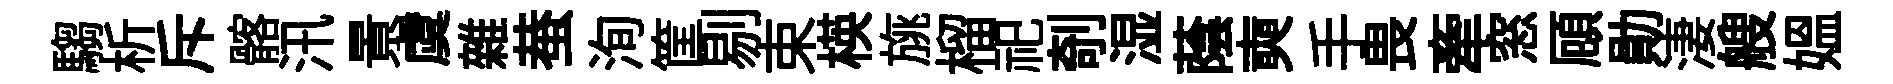
騶析斥髂汛㬌虞雜蛬洵筐剔束楧旐榴祀剞湿蔭奭手畏牽窓頋勛淒艘媪